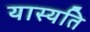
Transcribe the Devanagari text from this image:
यास्यति